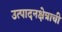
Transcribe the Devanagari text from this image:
उत्पादनक्षेत्राची